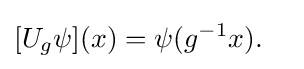
[U_{g}\psi ](x)=\psi (g^{-1}x).\quad